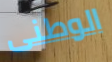
الوطنى